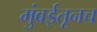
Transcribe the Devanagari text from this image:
मुंबईतूनच